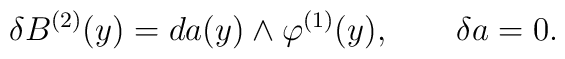
\delta B^{(2)}(y)=da(y)\wedge \varphi^{(1)}(y), \qquad \delta a=0.